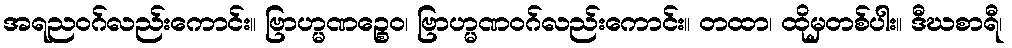
အရညဝဂ်လည်းကောင်း။ ဗြာဟ္မဏဉ္စေဝ၊ ဗြာဟ္မဏဝဂ်လည်းကောင်း။ တထာ၊ ထိုမှတစ်ပါး။ ဒီဃစာရီ၊